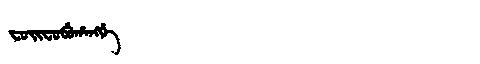
Manchu: ᠸᡠᡳᠸᡠᠪᡠᡥᠠᠩᡤᡝ
Romanization: FUIFUBUHANGGE